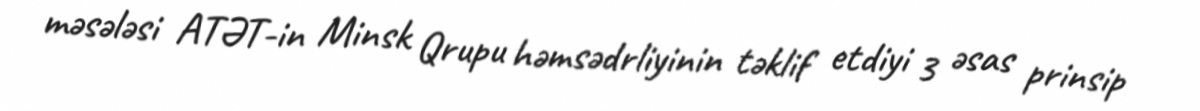
məsələsi ATƏT-in Minsk Qrupu həmsədrliyinin təklif etdiyi 3 əsas prinsip